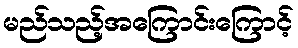
မည်သည့်အကြောင်းကြောင့်